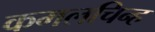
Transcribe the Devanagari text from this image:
कमलचिन्ह